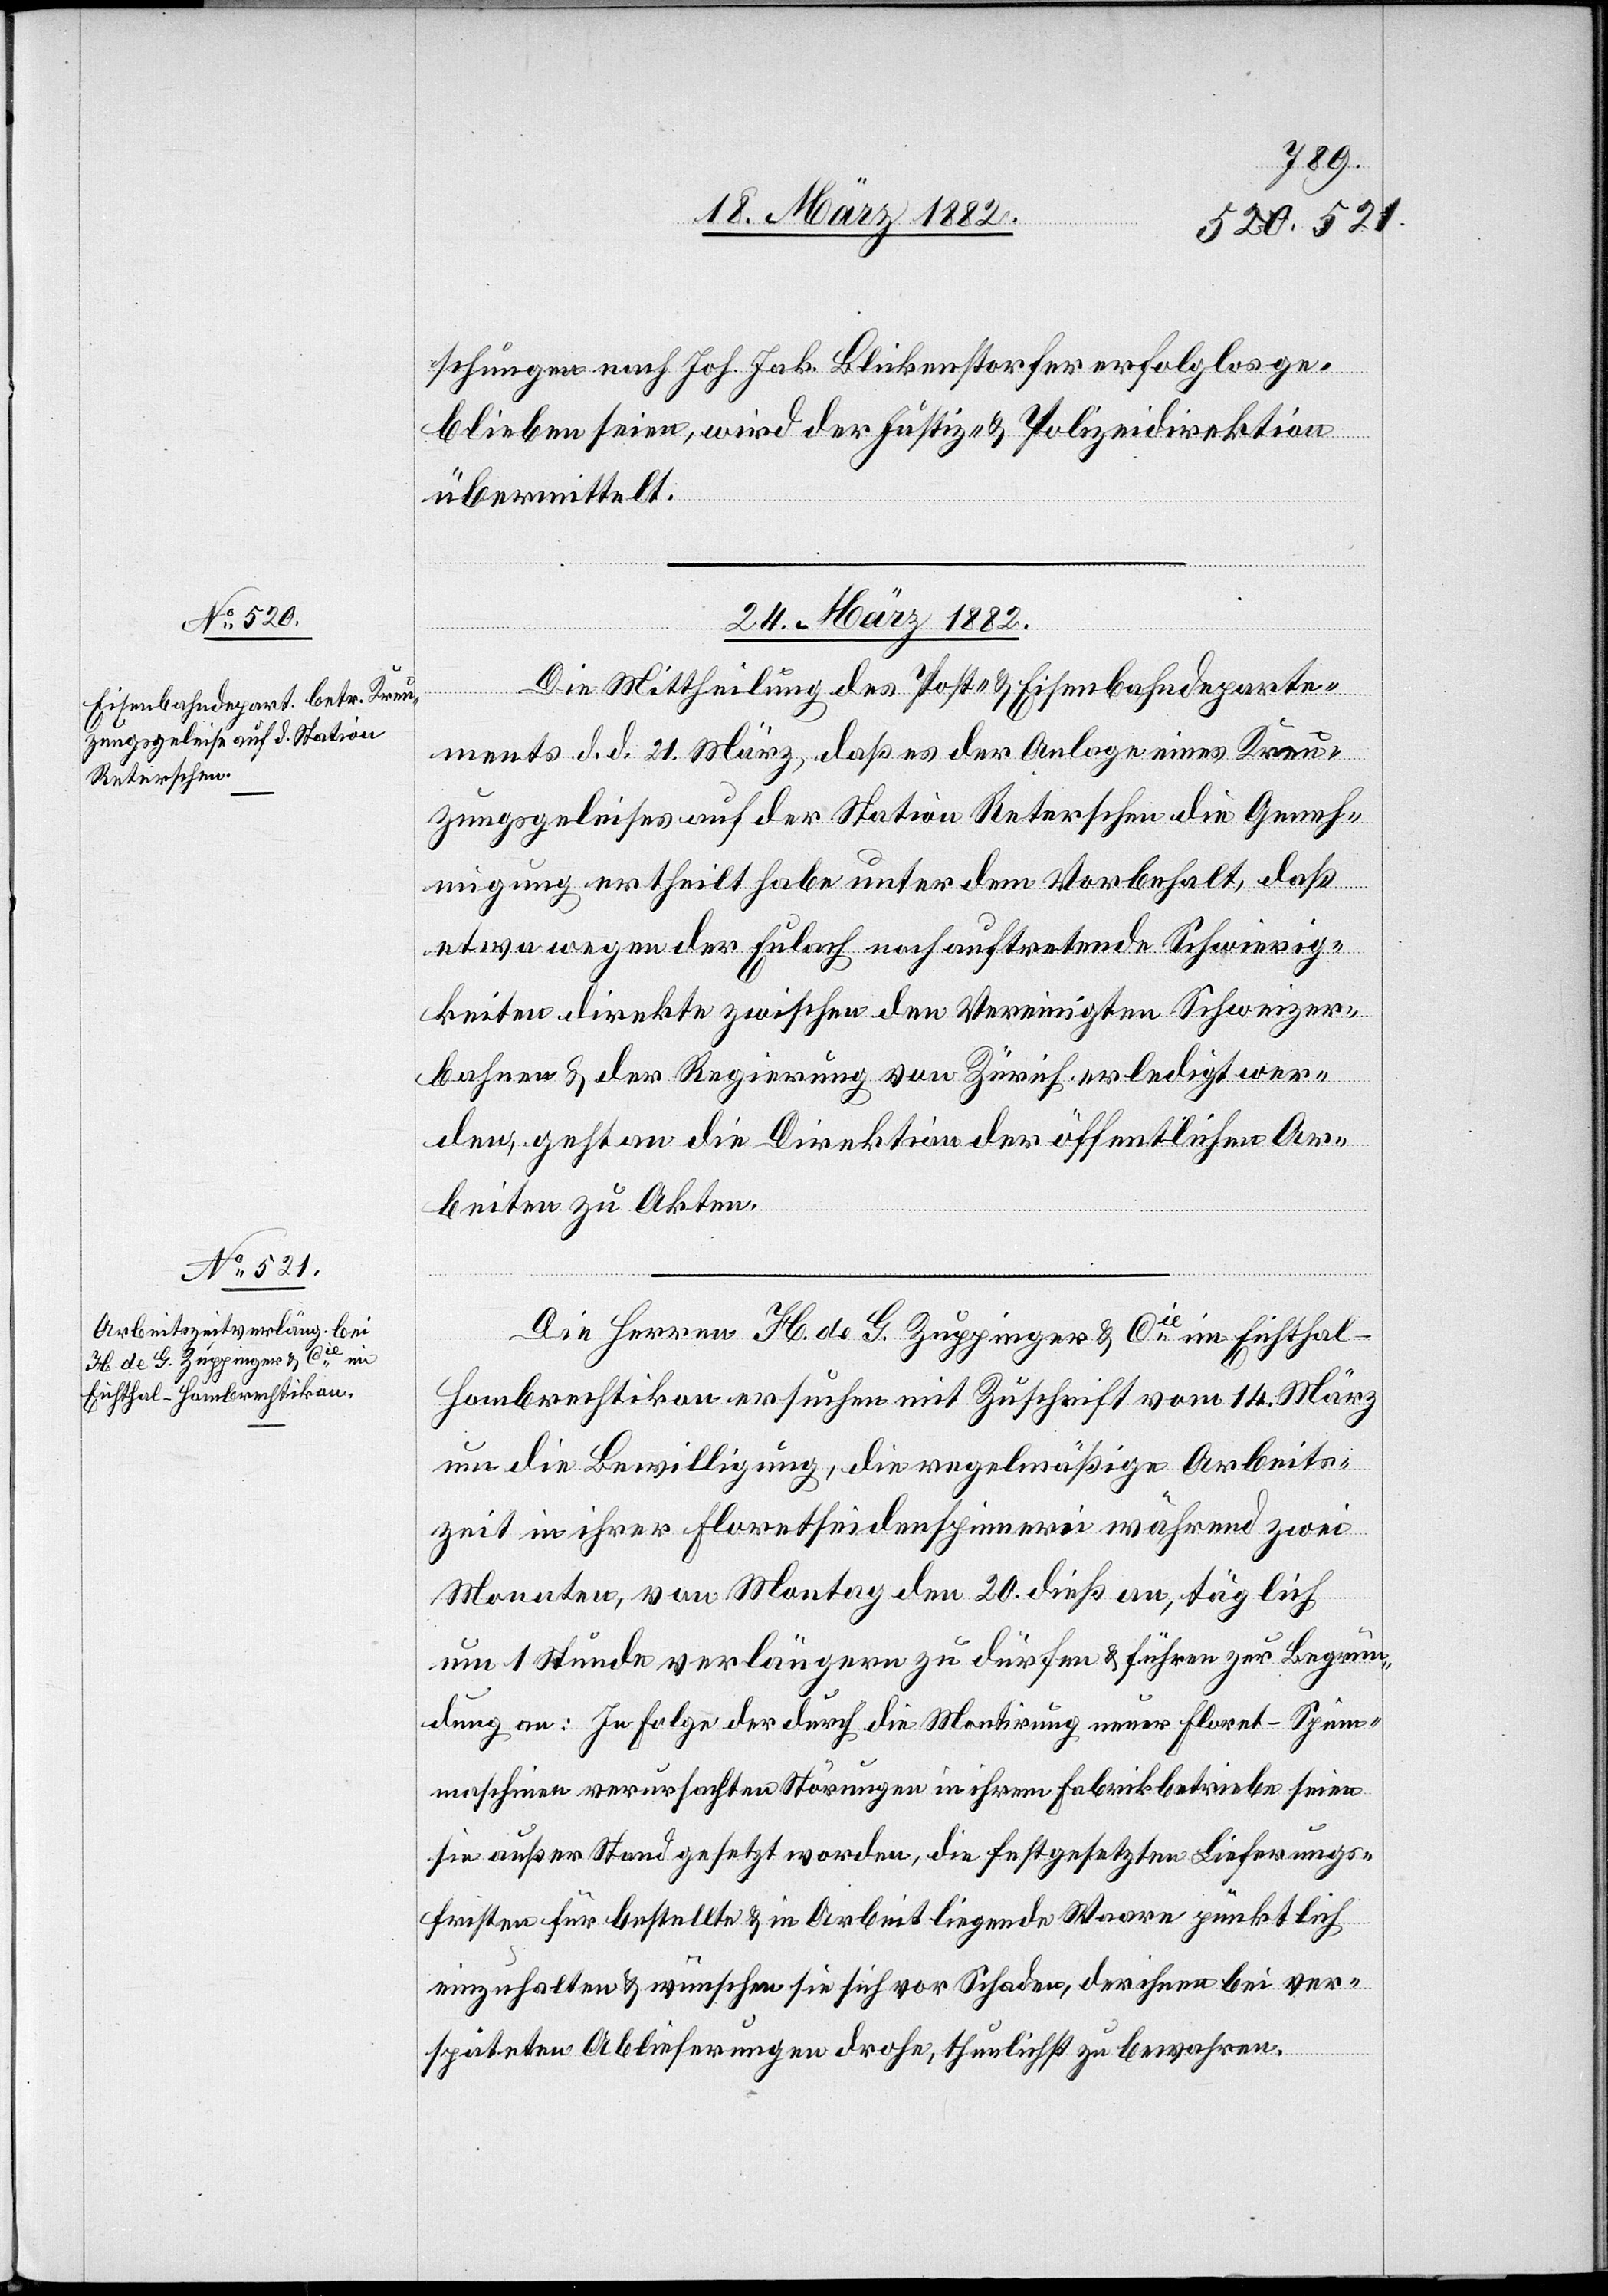
schungen nach Joh. Jak. Blickenstorfer erfolglos ge¬
blieben seien, wird der Justiz- & Polizeidirektion
übermittelt.
24. März 1882.]
Die Mittheilung des Post- & Eisenbahndeparte¬
ments d. d. 21. März, daß es der Anlage eines Kreu¬
zungsgeleises auf der Station Reterschen die Geneh¬
migung ertheilt habe unter dem Vorbehalt, daß
etwa wegen der Eulach noch auftretende Schwierig¬
keiten direkt zwischen den Vereinigten Schweizer¬
bahnen & der Regierung von Zürich erledigt wer¬
den, geht an die Direktion der öffentlichen Ar¬
beiten zu Akten.
Die Herren H. de G. Zuppinger & Cie im Eichthal -
Hombrechtikon ersuchen mit Zuschrift vom 14. März
um die Bewilligung, die regelmäßige Arbeits¬
zeit in ihrer Floretseidenspinnerei während zwei
Monaten, von Montag den 20. dieß an, täglich
um 1 Stunde verlängern zu dürfen & führen zur Begrün¬
dung an: In Folge der durch die Montierung neuer Floret-Spin¬
nmaschinen verursachten Störungen in ihrem Fabrikbetriebe seien
sie außer Stand gesetzt worden, die festgesetzten Lieferungs¬
fristen für bestellte & in Arbeit liegende Waare pünktlich
einzuhalten & wünschen sie sich vor Schaden, der ihren bei ver¬
späteten Ablieferungen drohen, thunlichst zu bewahren.